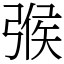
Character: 㢿